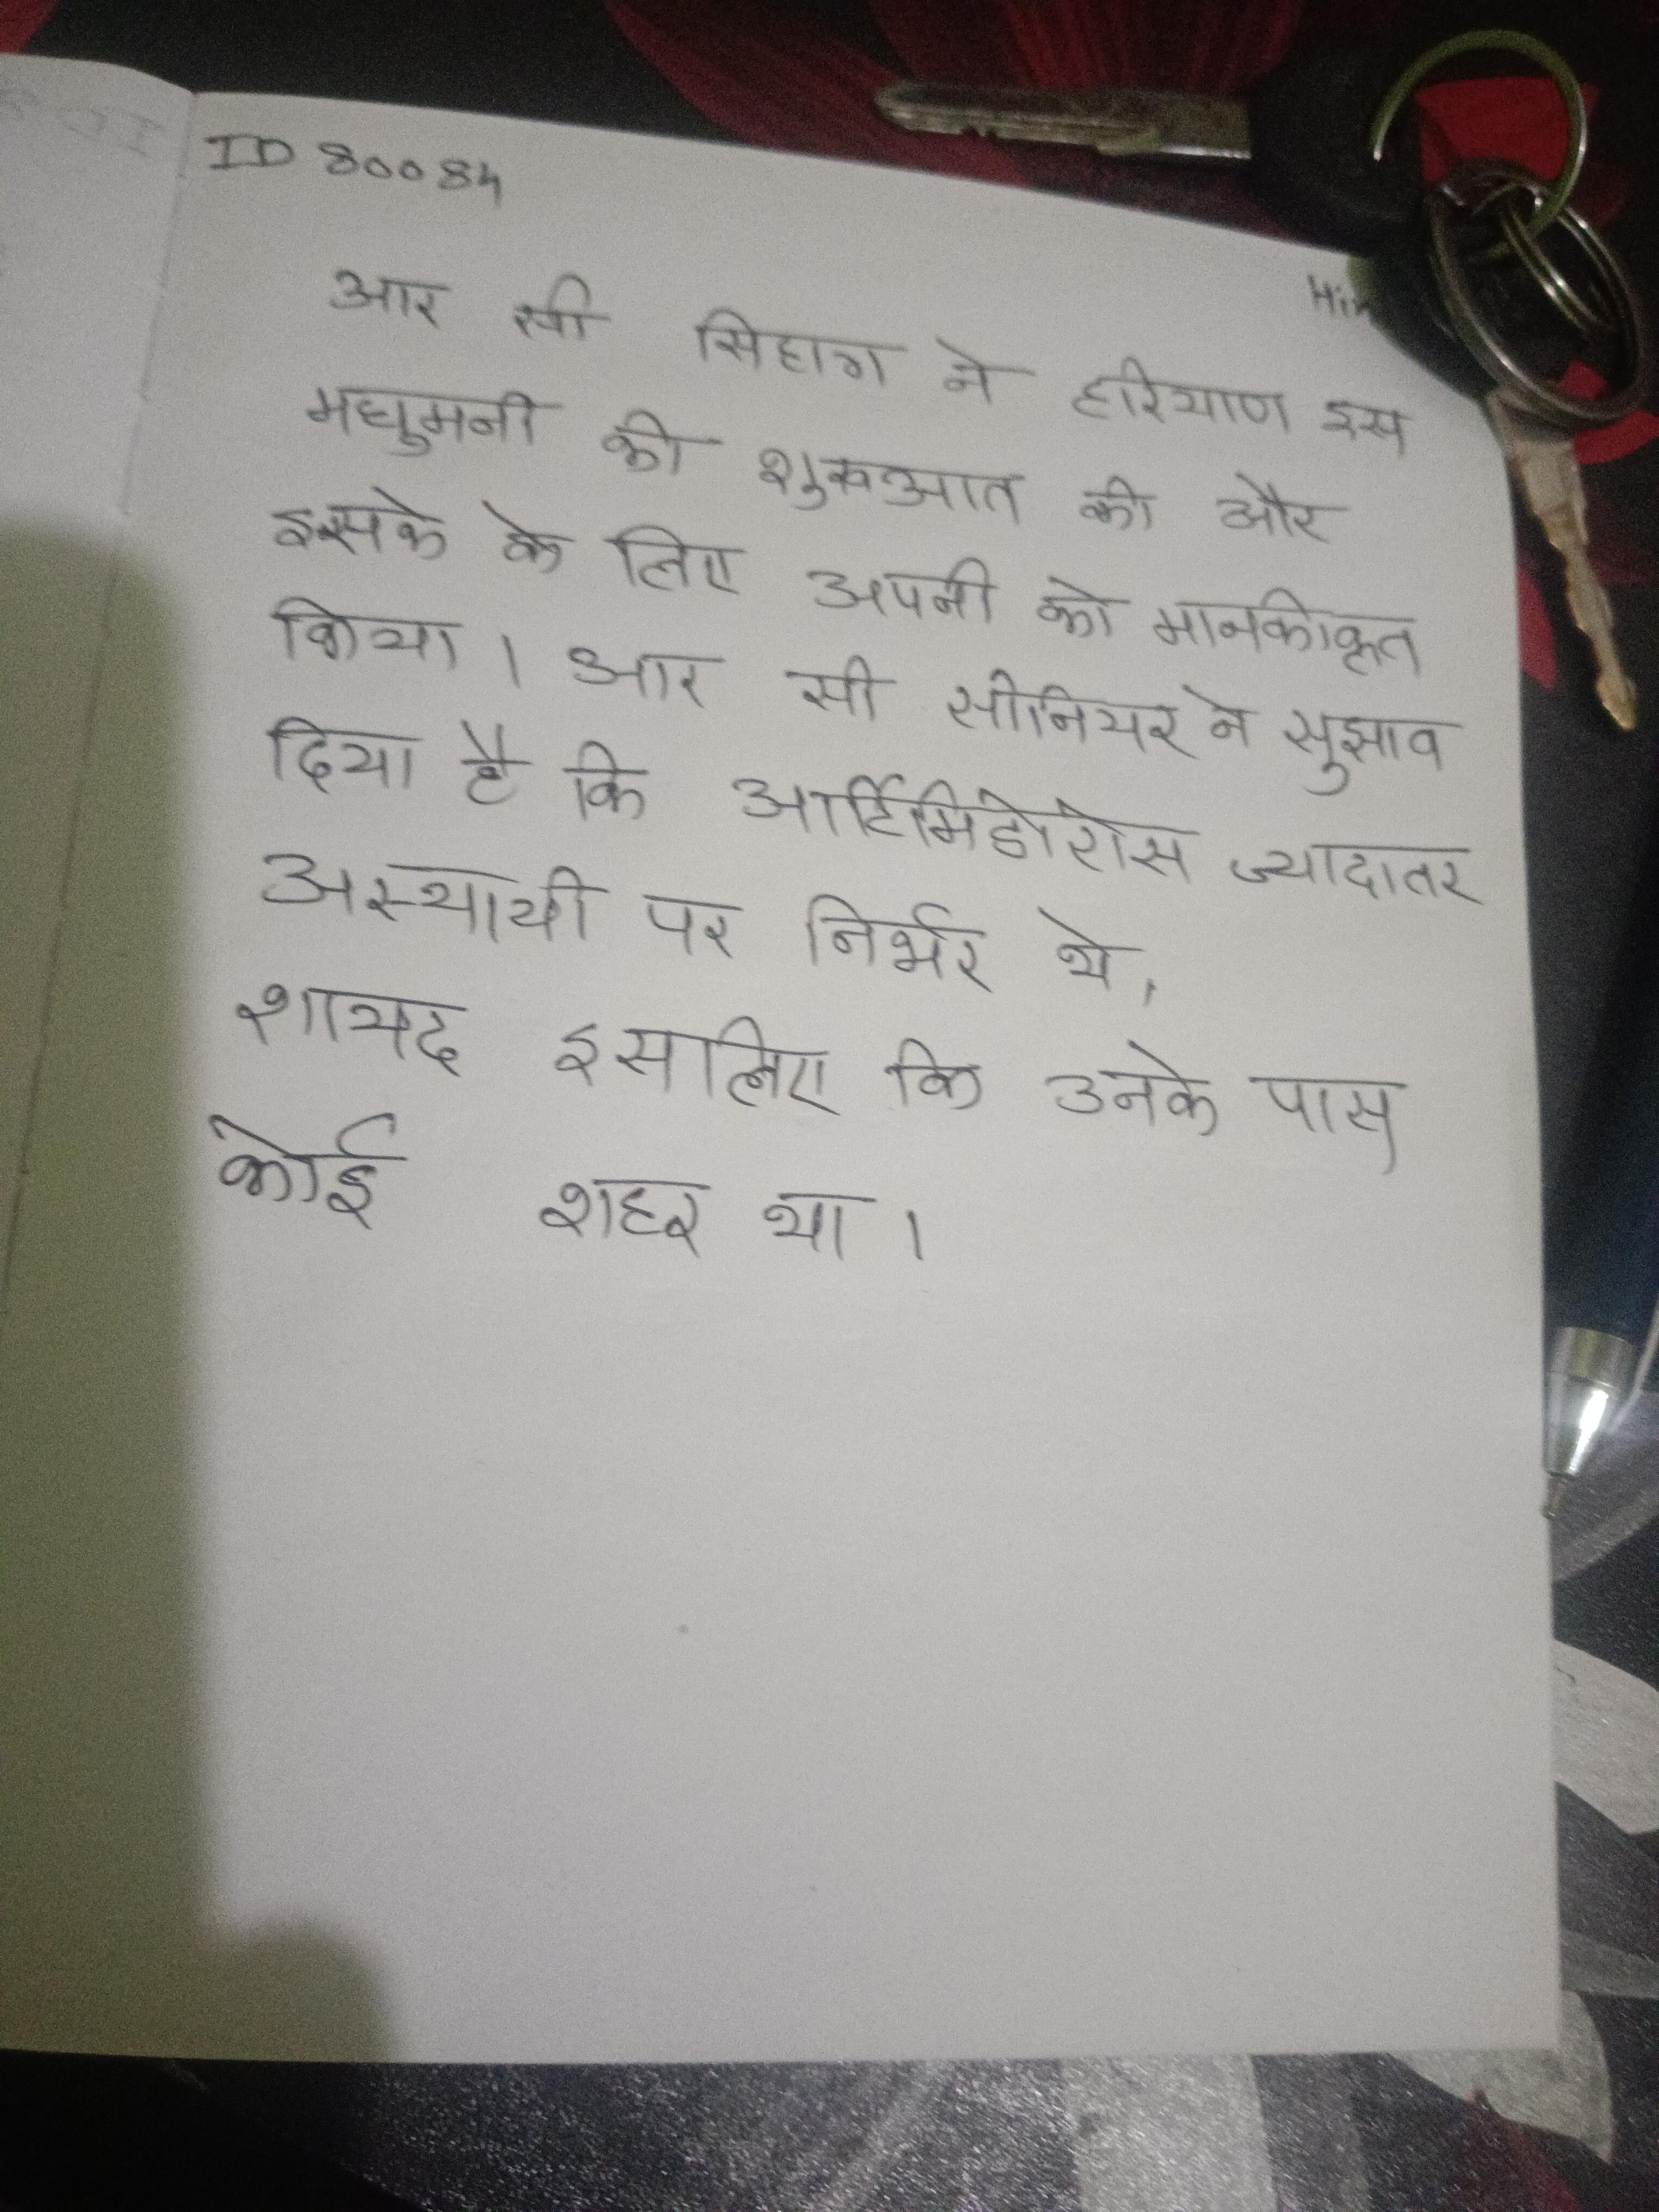
आर सी सिहाग ने हरियाणा इस मधुमनी की शुरूआत की और इसके के लिए अपनी को मानकीकृत किया । आर सी सीनियर ने सुझाव दिया है कि आर्टिमिडोरोस ज्यादातर अस्थायी पर निर्भर थे, शायद इसलिए कि उनके पास कोई शहर था ।